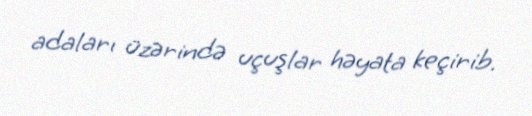
adaları üzərində uçuşlar həyata keçirib.